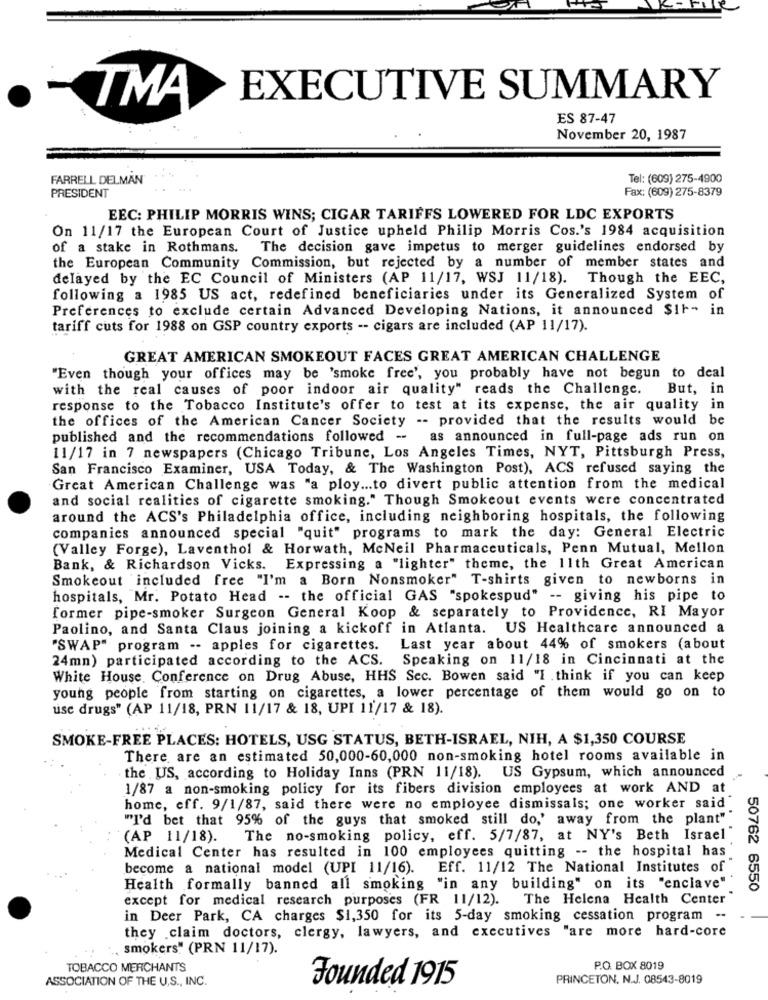
EXECUTIVE SUMMARY
TMA
ES 87-47
November 20, 1987
FARRELL DELMAN
Tel: (609) 275-4900
Fax: (609) 275-8379
PRESIDENT
EEC: PHILIP MORRIS WINS; CIGAR TARIFFS LOWERED FOR LDC EXPORTS
On 11/17 the European Court of Justice upheld Philip Morris Cos.'s 1984 acquisition
of a stake in Rothmans.
The decision gave impetus to merger guidelines endorsed by
the European Community Commission, but rejected by a number of member states and
delayed by the EC Council of Ministers (AP 11/17, WSJ 11/18). Though the EEC,
following a 1985 US act, redefined beneficiaries under its Generalized System of
Preferences to exclude certain Advanced Developing Nations, it announced $It- in
tariff cuts for 1988 on GSP country exports -- cigars are included (AP 11/17).
GREAT AMERICAN SMOKEOUT FACES GREAT AMERICAN CHALLENGE
"Even though your offices may be 'smoke free', you probably have not begun to deal
with the real causes of poor indoor air quality" reads the Challenge.
But, in
response to the Tobacco Institute's offer to test at its expense, the air quality in
the offices of the American Cancer Society -- provided that the results would be
published and the recommendations followed -
as announced in full-page ads run on
11/17 in 7 newspapers (Chicago Tribune, Los Angeles Times, NYT, Pittsburgh Press,
San Francisco Examiner, USA Today, & The Washington Post), ACS refused saying the
Great American Challenge was "a ploy ... to divert public attention from the medical
and social realities of cigarette smoking." Though Smokeout events were concentrated
around the ACS's Philadelphia office, including neighboring hospitals, the following
companies announced special "quit" programs to mark the day: General Electric
(Valley Forge), Laventhol & Horwath, McNeil Pharmaceuticals, Penn Mutual, Mellon
Bank, & Richardson Vicks. Expressing a "lighter" theme, the 11th Great American
Smokeout included free "I'm a Born Nonsmoker" T-shirts given to newborns in
hospitals, Mr. Potato Head -- the official GAS "spokespud" -- giving his pipe to
former pipe-smoker Surgeon General Koop & separately to Providence, RI Mayor
Paolino, and Santa Claus joining a kickoff in Atlanta. US Healthcare announced a
"SWAP" program .- apples for cigarettes.
Last year about 44% of smokers (about
24mn) participated according to the ACS.
Speaking on 11/18 in Cincinnati at the
White House. Conference on Drug Abuse, HHS Sec. Bowen said "I think if you can keep
young people from starting on cigarettes, a lower percentage of them would go on to
use drugs" (AP 11/18, PRN 11/17 & 18, UPI 11'/17 & 18).
SMOKE-FREE PLACES: HOTELS, USG STATUS, BETH-ISRAEL, NIH, A $1,350 COURSE
There are an estimated 50,000-60,000 non-smoking hotel rooms available in
the US, according to Holiday Inns (PRN 11/18). US Gypsum, which announced
1/87 a non-smoking policy for its fibers division employees at work AND at
home, eff. 9/1/87, said there were no employee dismissals; one worker said
""I'd bet that 95% of the guys that smoked still do,' away from the plant""
(AP 11/18).
The no-smoking policy, eff. 5/7/87, at NY's Beth Israel
Medical Center has resulted in 100 employees quitting -- the hospital has
become a national model (UPI 11/16). Eff. 11/12 The National Institutes of
Health formally banned all smoking "in any building" on its "enclave"
50762 6550
except for medical research purposes (FR 11/12).
The Helena Health Center
in Deer Park, CA charges $1,350 for its 5-day smoking cessation program --
they claim doctors, clergy, lawyers, and executives "are more hard-core
., smokers" (PRN 11/17).
TOBACCO MERCHANTS
P.O. BOX 8019
ASSOCIATION OF THE U.S ., INC.
PRINCETON. N.J. 08543-8019
Founded 1915